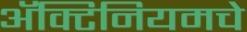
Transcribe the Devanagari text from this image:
ॲक्टिनियमचे